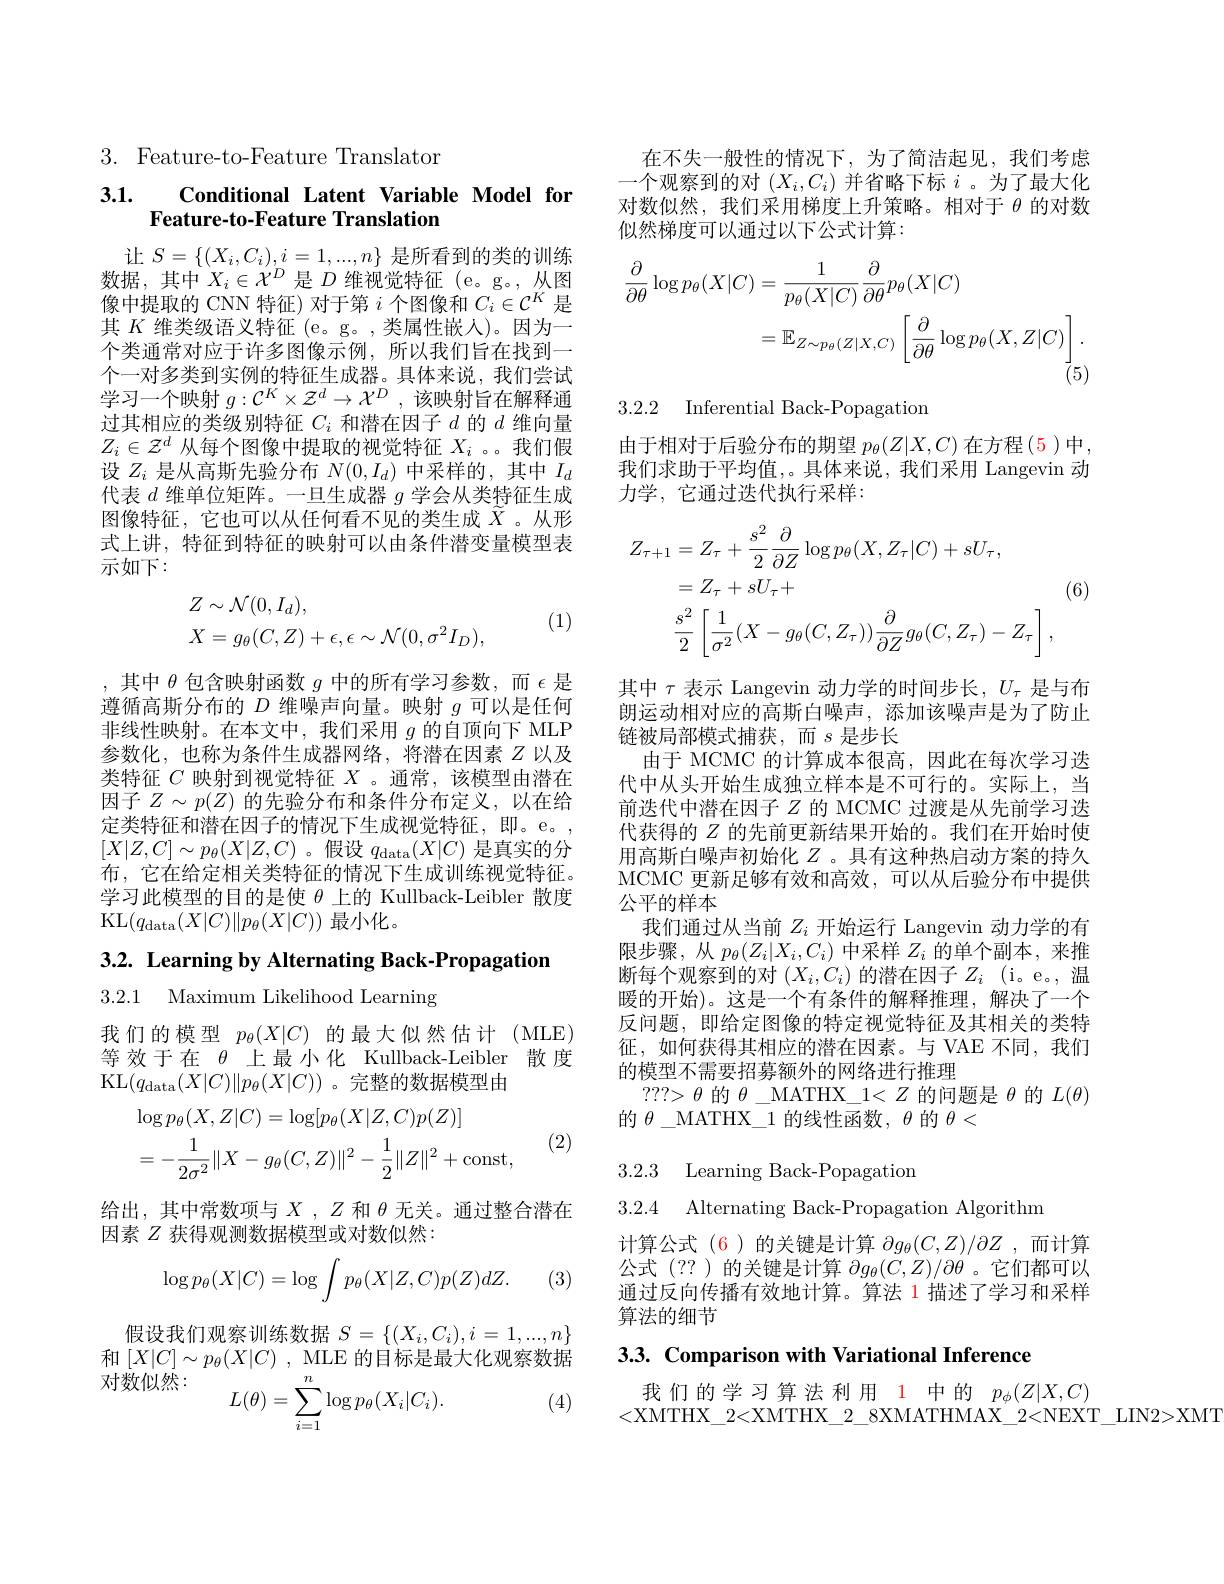
3. Feature-to-Feature Translator

## 3.1. Conditional Latent Variable Model for Feature-to-Feature Translation

让$S=\{(X_i,C_i),i=1,...,n\}$是所看到的类的训练数据，其中$X_i\in\mathcal{X}^D$是$D$维视觉特征(e。g。,从图像中提取的 CNN 特征) 对于第$i$个图像和$C_i\in\mathcal{C}^K$是其$K$维类级语义特征 (e。g。,类属性嵌人)。因为一个类通常对应于许多图像示例，所以我们旨在找到一个一对多类到实例的特征生成器。具体来说，我们尝试学习一个映射$g:\mathcal{C}^K\times\mathcal{Z}^d\to\mathcal{X}^D$,该映射旨在解释通过其相应的类级别特征$C_i$和潜在因子$d$的$d$维向量$Z_i\in\mathcal{Z}^d$从每个图像中提取的视觉特征$X_i$ 。。我们假设$Z_i$是从高斯先验分布$N(0,I_d)$中采样的，其中$I_d$ 代表$d$维单位矩阵。一旦生成器$g$学会从类特征生成图像特征，它也可以从任何看不见的类生成$\widetilde{X}$ 。从形式上讲，特征到特征的映射可以由条件潜变量模型表示如下：
$$\begin{aligned}&Z\sim\mathcal{N}(0,I_d),\\&X=g_\theta(C,Z)+\epsilon,\epsilon\sim\mathcal{N}(0,\sigma^2I_D),\end{aligned}$$
(1)

,其中$\theta$包含映射函数$g$中的所有学习参数，而$\epsilon$是遵循高斯分布的$D$维噪声向量。映射$g$可以是任何非线性映射。在本文中，我们采用$g$的自顶向下 MLP 参数化，也称为条件生成器网络，将潜在因素$Z$以及类特征$C$映射到视觉特征$X$ 。通常，该模型由潜在因子$Z\sim p(Z)$的先验分布和条件分布定义，以在给定类特征和潜在因子的情况下生成视觉特征，即。e。, $[X|Z,C]\sim p_{\theta}(X|Z,C)$。假设$q_\mathrm{data}(X|C)$是真实的分布，它在给定相关类特征的情况下生成训练视觉特征。学习此模型的目的是使$\theta$上的 Kullback-Leibler 散度KL$(q_\text{data}(X|C)\|p_\theta(X|C))$最小化。

$3. 2. \textbf{ Learning by Alternating Back- Propagation}$

3.2.1 Maximum Likelihood Learning

我们的模型$p_\theta(X|C)$的最大似然估计(MLE) 等效于在$\theta$上最小化 Kullback-Leibler 散度KL$(q_\text{data}(X|C)\|p_\theta(X|C))$ 。完整的数据模型由

(2)
$$\begin{aligned}&\log p_{\theta}(X,Z|C)=\log[p_{\theta}(X|Z,C)p(Z)]\\&=-\frac{1}{2\sigma^{2}}\|X-g_{\theta}(C,Z)\|^{2}-\frac{1}{2}\|Z\|^{2}+\mathrm{const},\end{aligned}$$
给出，其中常数项与$X,Z$和$\theta$无关。通过整合潜在
因素$Z$获得观测数据模型或对数似然：

(3)
$$\log p_\theta(X|C)=\log\int p_\theta(X|Z,C)p(Z)dZ.$$
假设我们观察训练数据$S=\{(X_i,C_i),i=1,...,n\}$ 和$[X|C]\sim p_\theta(X|C)$, MLE 的目标是最大化观察数据对数似然：
$$L(\theta)=\sum_{i=1}^{n}\log p_{\theta}(X_{i}|C_{i}).$$
(4)

在不失一般性的情况下，为了简洁起见，我们考虑一个观察到的对$(X_i,C_i)$并省略下标$i$ 。为了最大化对数似然，我们采用梯度上升策略。相对于$\theta$的对数似然梯度可以通过以下公式计算：
$$\begin{aligned}\frac{\partial}{\partial\theta}\log p_{\theta}(X|C)&=\frac{1}{p_{\theta}(X|C)}\frac{\partial}{\partial\theta}p_{\theta}(X|C)\\&=\mathbb{E}_{Z\sim p_{\theta}(Z|X,C)}\left[\frac{\partial}{\partial\theta}\log p_{\theta}(X,Z|C)\right].\end{aligned}$$
3.2.2 Inferential Back-Popagation

由于相对于后验分布的期望$p_\theta(Z|X,C)$在方程(5)中， 我们求助于平均值，。具体来说，我们采用 Langevin 动力学，它通过迭代执行采样：
$$\begin{aligned}Z_{\tau+1}&=Z_{\tau}+\frac{s^{2}}{2}\frac{\partial}{\partial Z}\log p_{\theta}(X,Z_{\tau}|C)+sU_{\tau},\\&=Z_{\tau}+sU_{\tau}+\\&\frac{s^{2}}{2}\left[\frac{1}{\sigma^{2}}(X-g_{\theta}(C,Z_{\tau}))\frac{\partial}{\partial Z}g_{\theta}(C,Z_{\tau})-Z_{\tau}\right],\end{aligned}$$
(6)

其中$\tau$表示 Langevin 动力学的时间步长，$U_\tau$是与布朗运动相对应的高斯白噪声，添加该噪声是为了防止链被局部模式捕获，而$s$是步长
由于 MCMC 的计算成本很高，因此在每次学习迭代中从头开始生成独立样本是不可行的。实际上，当前迭代中潜在因子$Z$ 的 MCMC 过渡是从先前学习迭代获得的$Z$ 的先前更新结果开始的。我们在开始时使用高斯白噪声初始化$Z$ 。具有这种热启动方案的持久MCMC 更新足够有效和高效，可以从后验分布中提供公平的样本
我们通过从当前$Z_i$开始运行 Langevin 动力学的有限步骤，从$p_\theta(Z_i|X_i,C_i)$中采样$Z_i$的单个副本，来推断每个观察到的对$(X_i,C_i)$的潜在因子$Z_i$ (i。e。,温暖的开始)。这是一个有条件的解释推理，解决了一个反问题，即给定图像的特定视觉特征及其相关的类特征，如何获得其相应的潜在因素。与 VAE 不同，我们的模型不需要招募额外的网络进行推理
$???>\theta$的$\theta\_$MATHX\_$1<Z$的问题是$\theta$的$L(\theta)$
的$\theta\_$MATHX\_1 的线性函数，$\theta$的$\theta<$

3.2.3 Learning Back-Popagation
3.2.4 Alternating Back-Propagation Algorithm

计算公式(6)的关键是计算$\partial g_\theta(C,Z)/\partial Z$ ,而计算公式(??)的关键是计算$\partial g_\theta(C,Z)/\partial\theta$ 。它们都可以通过反向传播有效地计算。算法 1 描述了学习和采样算法的细节

3.3. Comparison with Variational Inference

我们的学习算法利用 1 中的$p_\phi(Z|X,C)$
<XMTHX\_2<XMTHX\_2\_8XMATHMAX\_2<NEXT\_LIN2>XMT